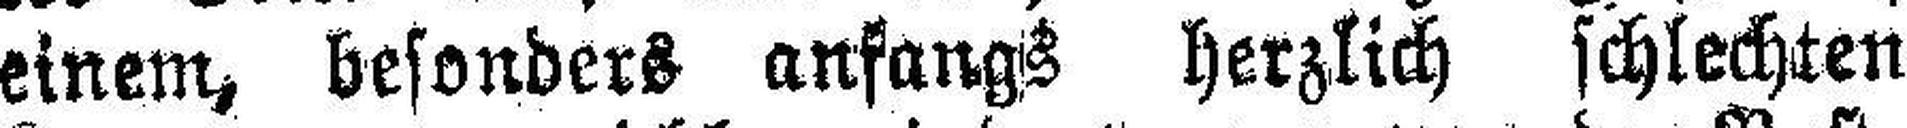
einem, besonders anfangs herzlich schlechten